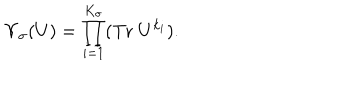
LaTeX: \Upsilon _ { \sigma } ( U ) = \prod _ { i = 1 } ^ { K _ { \sigma } } ( \mathrm { T r } \; U ^ { k _ { i } } ) .